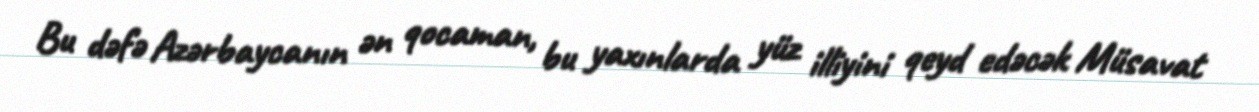
Bu dəfə Azərbaycanın ən qocaman, bu yaxınlarda yüz illiyini qeyd edəcək Müsavat